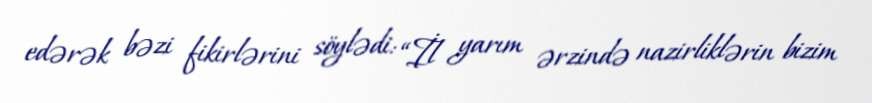
edərək bəzi fikirlərini söylədi: “İl yarım ərzində nazirliklərin bizim